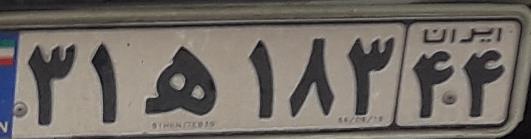
۳۱ه۱۸۳۴۴